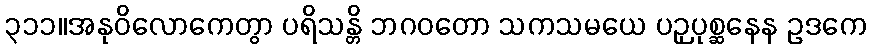
၃၁၁။အနုဝိလောကေတွာ ပရိသန္တိ ဘဂဝတော သကသမယေ ပဉှပုစ္ဆနေန ဥဒကေ